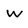
Character: w